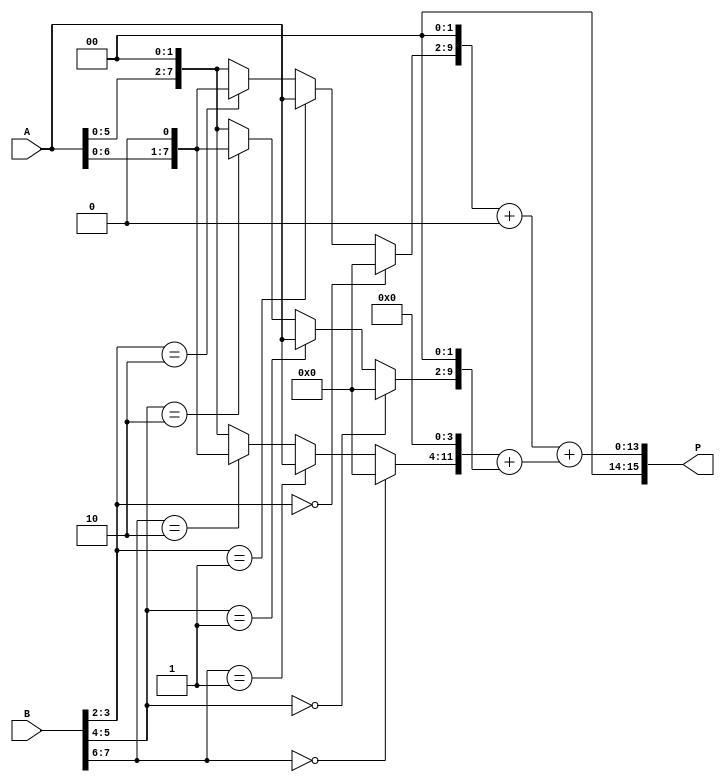
module radix4_multiplier #(parameter N = 8) (
    input  wire [N-1:0] A,    // Multiplicand
    input  wire [N-1:0] B,    // Multiplier
    output wire [2*N-1:0] P   // Product
);

// Intermediate signals for partial products
wire [N-1:0] pp0, pp1, pp2, pp3;

// Generate partial products based on 2-bit segments of B
assign pp0 = (B[1:0] == 2'b00) ? 0 : 
             (B[1:0] == 2'b01) ? A : 
             (B[1:0] == 2'b10) ? (A << 1) : 
             (A << 2); // B[1:0] == 2'b11

assign pp1 = (B[3:2] == 2'b00) ? 0 : 
             (B[3:2] == 2'b01) ? (A) : 
             (B[3:2] == 2'b10) ? (A << 1) : 
             (A << 2); // B[3:2] == 2'b11

assign pp2 = (B[5:4] == 2'b00) ? 0 : 
             (B[5:4] == 2'b01) ? (A) : 
             (B[5:4] == 2'b10) ? (A << 1) : 
             (A << 2); // B[5:4] == 2'b11

assign pp3 = (B[7:6] == 2'b00) ? 0 : 
             (B[7:6] == 2'b01) ? (A) : 
             (B[7:6] == 2'b10) ? (A << 1) : 
             (A << 2); // B[7:6] == 2'b11

// Sum the partial products
wire [2*N-1:0] sum1, sum2;
assign sum1 = {pp1, 2'b00} + {pp0, 0}; // pp0 shifted by 0, pp1 shifted by 2
assign sum2 = {pp3, 4'b0000} + {pp2, 2'b00}; // pp2 shifted by 2, pp3 shifted by 4

// Final product
assign P = sum1 + sum2;

endmodule